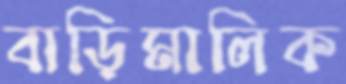
বাড়িমালিক